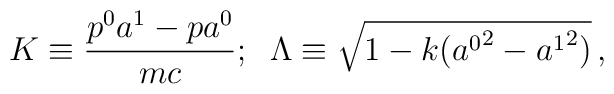
K\equiv\frac{p^{0}a^{1}-pa^{0}}{mc};\;\;\Lambda\equiv\sqrt{1-k({a^{0}}^{2}-{a^{1}}^{2})}\,,